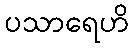
ပသာရေဟိ